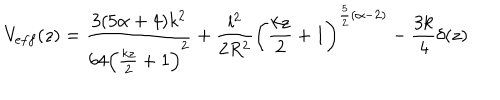
LaTeX: V _ { e f f } ( z ) = \frac { 3 ( 5 \alpha + 4 ) k ^ { 2 } } { 6 4 \left( { \frac { k z } { 2 } } + 1 \right) ^ { 2 } } + { \frac { l ^ { 2 } } { 2 R ^ { 2 } } } \left( { \frac { k z } { 2 } } + 1 \right) ^ { { \frac { 5 } { 2 } } ( \alpha - 2 ) } - { \frac { 3 k } { 4 } } \delta ( z )